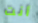
أنت